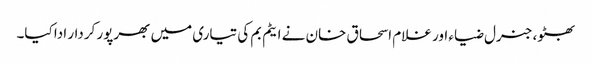
بھٹو، جنرل ضیاء اور غلام اسحاق خان نے ایٹم بم کی تیاری میں بھرپور کردار ادا کیا۔